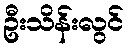
ဦးသိန်းလွင်